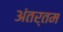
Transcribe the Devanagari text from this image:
अंतर्तम